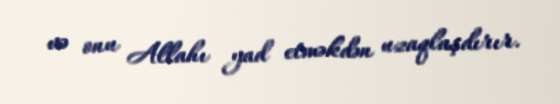
və onu Allahı yad etməkdən uzaqlaşdırır.